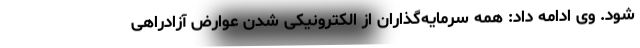
شود. وی ادامه داد: همه سرمایه‌گذاران از الکترونیکی شدن عوارض آزادراهی